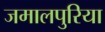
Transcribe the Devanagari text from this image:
जमालपुरिया